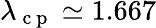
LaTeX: \lambda_{\mathrm{~c~p~}}\simeq 1.667